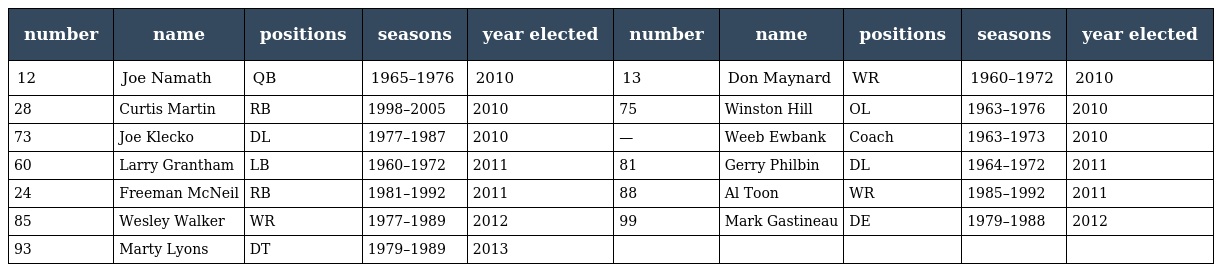
| number | name | positions | seasons | year elected | number | name | positions | seasons | year elected |
 | --- | --- | --- | --- | --- | --- | --- | --- | --- | --- |
 | 12 | Joe Namath | QB | 1965–1976 | 2010 | 13 | Don Maynard | WR | 1960–1972 | 2010 |
 | 28 | Curtis Martin | RB | 1998–2005 | 2010 | 75 | Winston Hill | OL | 1963–1976 | 2010 |
 | 73 | Joe Klecko | DL | 1977–1987 | 2010 | — | Weeb Ewbank | Coach | 1963–1973 | 2010 |
 | 60 | Larry Grantham | LB | 1960–1972 | 2011 | 81 | Gerry Philbin | DL | 1964–1972 | 2011 |
 | 24 | Freeman McNeil | RB | 1981–1992 | 2011 | 88 | Al Toon | WR | 1985–1992 | 2011 |
 | 85 | Wesley Walker | WR | 1977–1989 | 2012 | 99 | Mark Gastineau | DE | 1979–1988 | 2012 |
 | 93 | Marty Lyons | DT | 1979–1989 | 2013 |  |  |  |  |  |